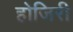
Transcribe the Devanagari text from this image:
होजिरी